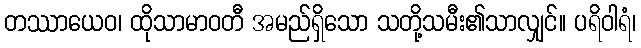
တဿာယေဝ၊ ထိုသာမာဝတီ အမည်ရှိသော သတို့သမီး၏သာလျှင်။ ပရိဝါရံ၊